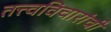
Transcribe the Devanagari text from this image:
तत्त्वविचारांची